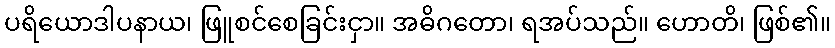
ပရိယောဒါပနာယ၊ ဖြူစင်စေခြင်းငှာ။ အဓိဂတော၊ ရအပ်သည်။ ဟောတိ၊ ဖြစ်၏။